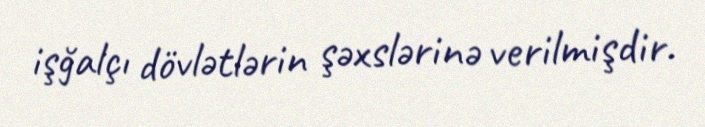
işğalçı dövlətlərin şəxslərinə verilmişdir.